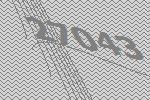
27043